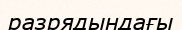
разрядындағы